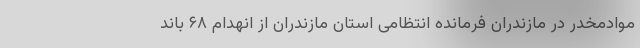
موادمخدر در مازندران فرمانده انتظامی استان مازندران از انهدام ۶۸ باند